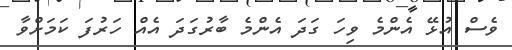
ވެސް އުޅޭ އެންމެ ވިހަ ގަދަ އެންމެ ބާރުގަދަ އެއް ހަރުފަ ކަމަށްވާ